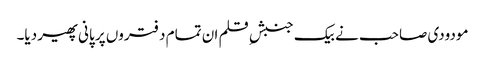
مودودی صاحب نے بیک جنبشِ قلم ان تمام دفتروں پر پانی پھیر دیا۔